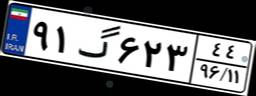
۹۱گ۶۲۳۴۴